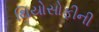
થિયોસોફીની